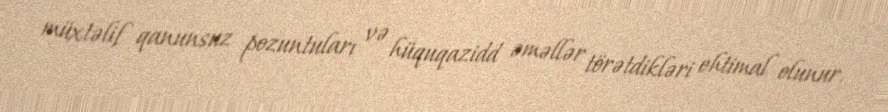
müxtəlif qanunsuz pozuntuları və hüquqazidd əməllər törətdikləri ehtimal olunur.